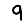
Digit: 9